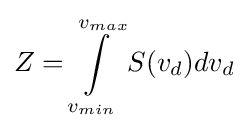
Z=\int \limits _{v_{min}}^{v_{max}}S(v_{d})dv_{d}